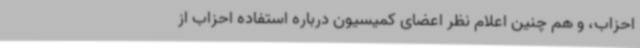
احزاب، و هم چنین اعلام نظر اعضای کمیسیون درباره استفاده احزاب از